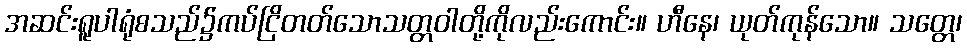
အဆင်းရူပါရုံစသည်၌ကပ်ငြိတတ်သောသတ္တဝါတို့ကိုလည်းကောင်း။ ဟီနေ၊ ယုတ်ကုန်သော။ သတ္တေ၊